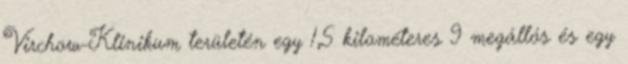
Virchow-Klinikum területén egy 1,5 kilométeres 9 megállós és egy